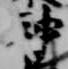
神